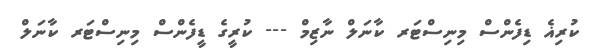
ކުރިޣެ ޑިފެންސް މިނިސްޓަރ ކާނަލް ނާޒިމް --- ކުރީގެ ޑީފެންސް މިނިސްޓަރ ކާނަލް